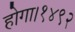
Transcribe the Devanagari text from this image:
होगा।१४९२